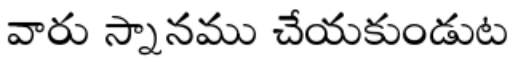
వారు స్నానము చేయకుండుట